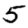
Digit: 5